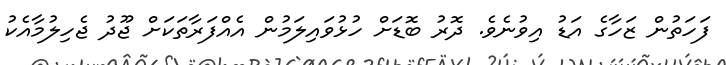
ފަހަތުން ޒަހާގެ އަޑު އިވުނެވެ. ދޮރު ބޮޑަށް ހުޅުވައިލަމުން އެއްފަރާތަކަށް ޖޫދު ޖެހިލުމާއެކު